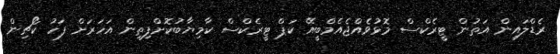
ރެޑްލައިން އަތުން ޓީރެކްސް މޮޅުވެއްޖެއެމްބީއޭ ކަޕް ޓީރެކްސް ކާމިޔާބުކޮށްފިތިން އަހަރަށް ފަހު ކޯޗިން